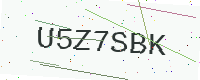
Text: U5Z7SBK